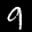
Label: 9